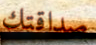
صداقتك